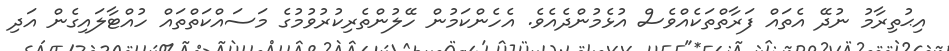
އިޙުތިރާމު ނުދޭ އެތައް ފަރާތްތަކެއްވެސް އުޅެމުންދެއެވެ. އެހެންކަމުން ހޭލުންތެރިކުރުވުމުގެ މަސައްކަތްތައް ހުއްޓާލައިގެން އަދި